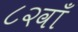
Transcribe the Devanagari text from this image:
८२वाँ